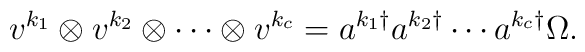
v^{k_1} \otimes v^{k_2} \otimes \cdots \otimes v^{k_c} =   a^{k_1 \dagger} a^{k_2 \dagger} \cdots a^{k_c \dagger} \Omega .